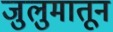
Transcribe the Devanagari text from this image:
जुलुमातून